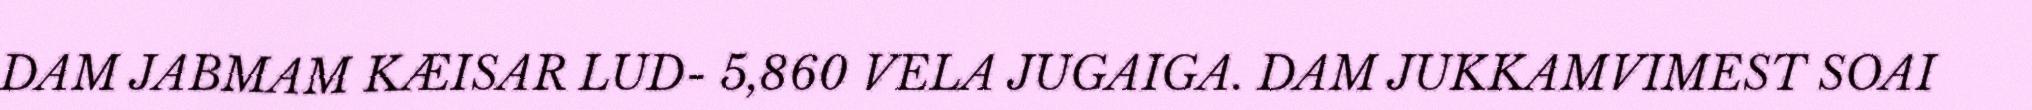
DAM JABMAM KÆISAR LUD- 5,860 VELA JUGAIGA. DAM JUKKAMVIMEST SOAI